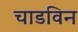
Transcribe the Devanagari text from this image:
चाडविन